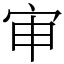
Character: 审